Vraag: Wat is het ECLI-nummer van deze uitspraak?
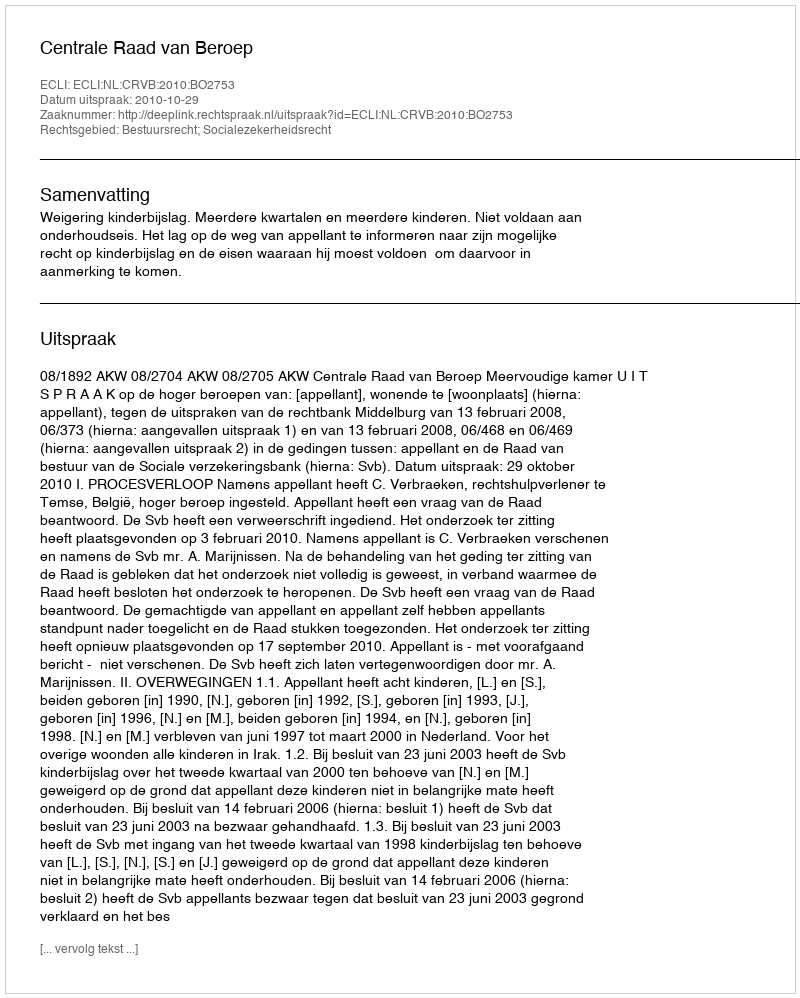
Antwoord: ECLI:NL:CRVB:2010:BO2753